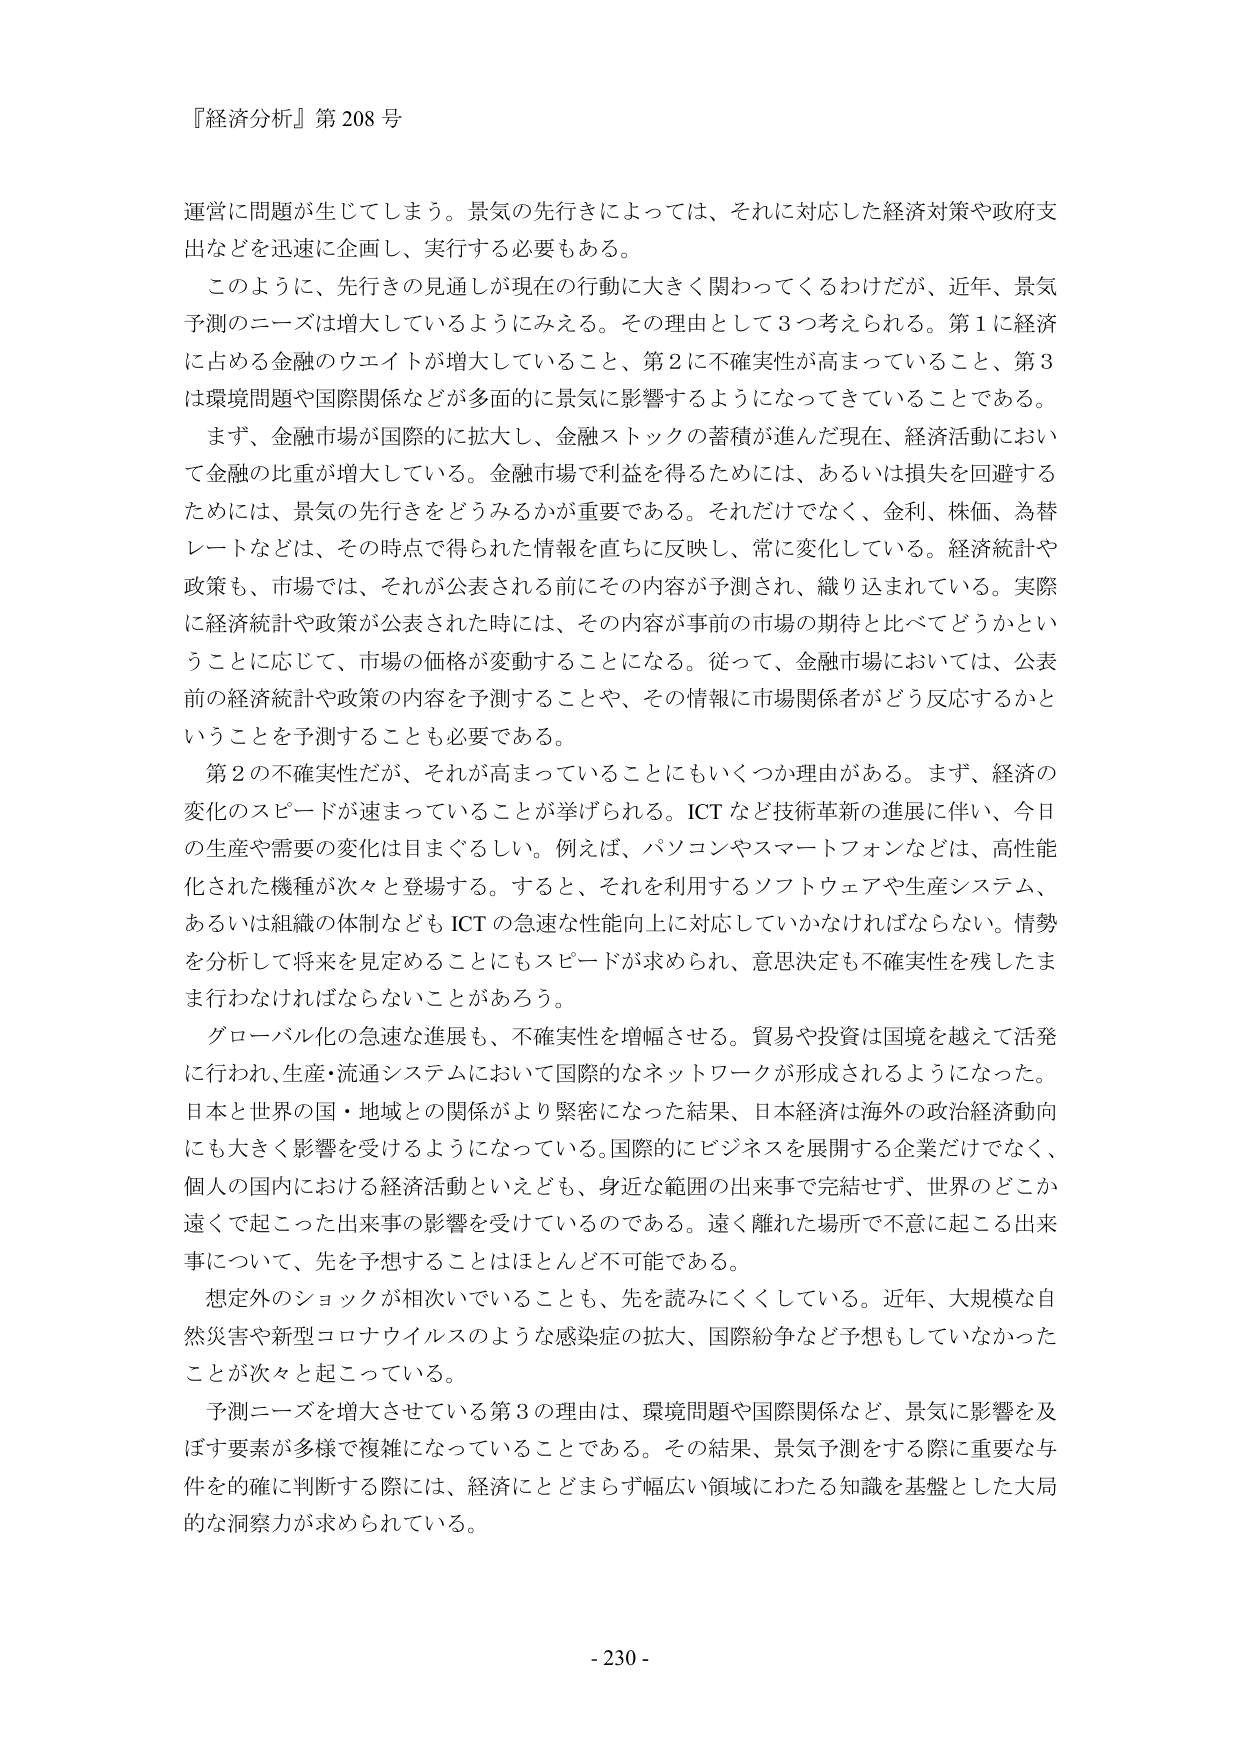
『経済分析』第208号

運営に問題が生じてしまう。景気の先行きによっては、それに対応した経済対策や政府支出などを迅速に企画し、実行する必要もある。

このように、先行きの見通しが現在の行動に大きく関わってくるわけだが、近年、景気予測のニーズは増大しているようにみえる。その理由として3つ考えられる。第1に経済に占める金融のウエイトが増大していること、第2に不確実性が高まっていること、第3は環境問題や国際関係などが多面的に景気に影響するようになってきていることである。

まず、金融市場が国際的に拡大し、金融ストックの蓄積が進んだ現在、経済活動において金融の比重が増大している。金融市場で利益を得るためには、あるいは損失を回避するためには、景気の先行きをどうみるかが重要である。それだけでなく、金利、株価、為替レートなどは、その時点で得られた情報を直ちに反映し、常に変化している。経済統計や政策も、市場では、それが公表される前にその内容が予測され、織り込まれている。実際に経済統計や政策が公表された時には、その内容が事前の市場の期待と比べてどうかということに応じて、市場の価格が変動することになる。従って、金融市場においては、公表前の経済統計や政策の内容を予測することや、その情報に市場関係者がどう反応するかということを予測することも必要である。

第2の不確実性だが、それが高まっていることにもいくつか理由がある。まず、経済の変化のスピードが速まっていることが挙げられる。ICTなど技術革新の進展に伴い、今日の生産や需要の変化は目まぐるしい。例えば、パソコンやスマートフォンなどは、高性能化された機種が次々と登場する。すると、それを利用するソフトウェアや生産システム、あるいは組織の体制などもICTの急速な性能向上に対応していかなければならない。情勢を分析して将来を見定めることにもスピードが求められ、意思決定も不確実性を残したまま行わなければならないことがあろう。

グローバル化の急速な進展も、不確実性を増幅させる。貿易や投資は国境を越えて活発に行われ、生産・流通システムにおいて国際的なネットワークが形成されるようになった。日本と世界の国・地域との関係がより緊密になった結果、日本経済は海外の政治経済動向にも大きく影響を受けえるようになっている。国際的にビジネスを展開する企業だけでなく、個人の国内における経済活動といえども、身近な範囲の出来事で完結せず、世界のどこか遠くで起こった出来事の影響を受けているのである。遠く離れた場所で不意に起こる出来事について、先を予想することはほとんど不可能である。

想定外のショックが相次いでいることも、先を読みにくくしている。近年、大規模な自然災害や新型コロナウイルスのような感染症の拡大、国際紛争など予想もしていなかったことが次々と起こっている。

予測ニーズを増大させている第3の理由は、環境問題や国際関係など、景気に影響を及ぼす要素が多様で複雑になっていることである。その結果、景気予測をする際に重要な与件を的確に判断する際には、経済にとどまらず幅広い領域にわたる知識を基盤とした大局的な洞察力が求められている。

- 230 -